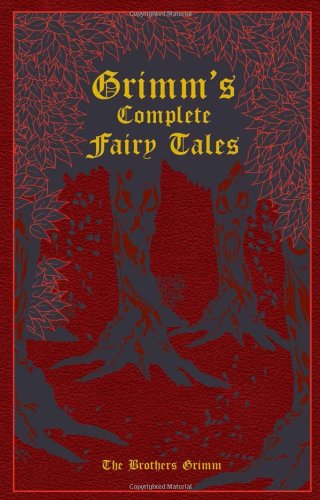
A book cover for Grimm's Complete Fairy Tales; Jacob Grimm; Literature & Fiction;